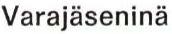
Varajäseninä